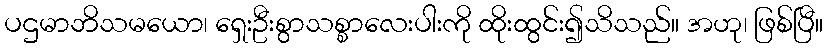
ပဌမာဘိသမယော၊ ရှေးဦးစွာသစ္စာလေးပါးကို ထိုးထွင်း၍သိသည်။ အဟု၊ ဖြစ်ပြီ။